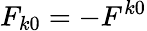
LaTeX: F_{k0}=-F^{k0}